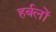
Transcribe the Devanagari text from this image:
हर्बलों